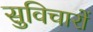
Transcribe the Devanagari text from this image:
सुविचारों